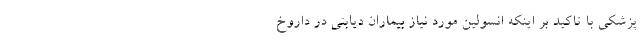
پزشکی با تاکید بر اینکه انسولین مورد نیاز بیماران دیابتی در داروخ